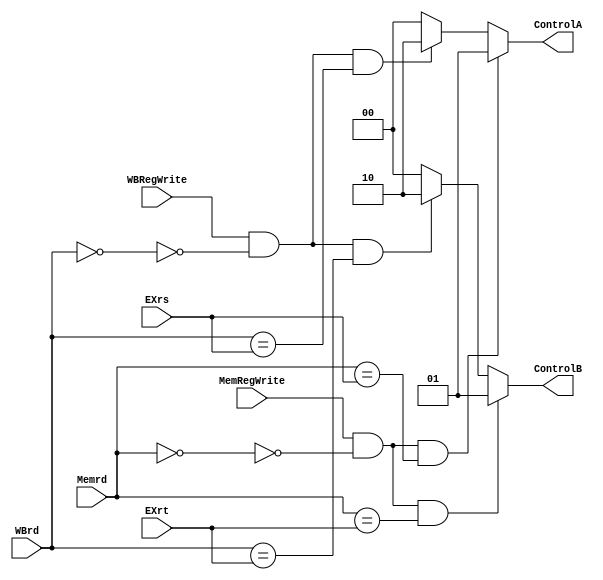
`timescale 1ns / 1ps
//////////////////////////////////////////////////////////////////////////////////
// Company: 
// Engineer: 
// 
// Design Name: 
// Module Name: ForwardingUnit
// Project Name: 
// Target Devices: 
// Tool Versions: 
// Description: 
// 
// Dependencies: 
// 
// Revision:
// Revision 0.01 - File Created
// Additional Comments:
// 
//////////////////////////////////////////////////////////////////////////////////


module ForwardingUnit(
        WBRegWrite, WBrd, MemRegWrite, Memrd, EXrs, EXrt, ControlA, ControlB
    );
    input WBRegWrite, MemRegWrite;
    input [4:0] WBrd, Memrd, EXrs, EXrt;
    output reg[1:0] ControlA, ControlB;
    
    initial begin 
        ControlA = 0;
        ControlB = 0;
    end
    
    always @ * begin
        if (MemRegWrite & ~(Memrd == 0) & (Memrd == EXrs)) begin
        ControlA = 1;
        end
        else if (WBRegWrite & ~(WBrd == 0) & (WBrd == EXrs))  begin
        ControlA = 2;
        end
        else ControlA = 0;
        
        if (MemRegWrite & ~(Memrd == 0) & (Memrd == EXrt)) begin
        ControlB = 1;
        end
        else if (WBRegWrite & ~(WBrd == 0) & (WBrd == EXrt))  begin
        ControlB = 2;
        end
        else ControlB = 0;
        
        
    end
    
    
endmodule